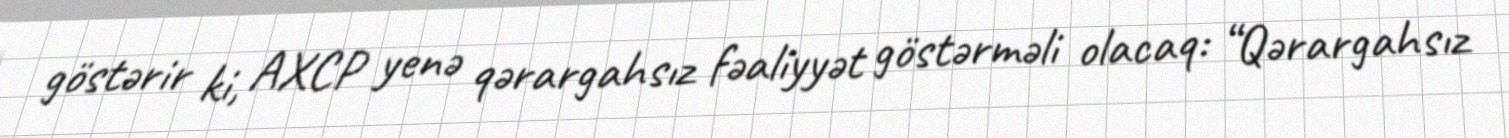
göstərir ki, AXCP yenə qərargahsız fəaliyyət göstərməli olacaq: “Qərargahsız